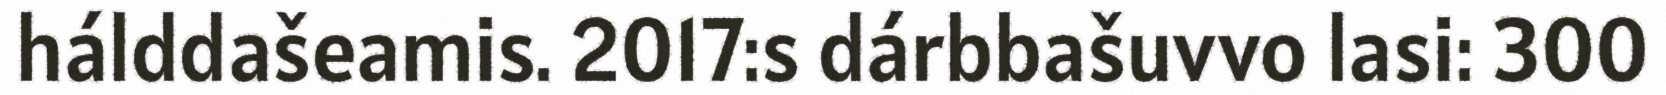
hálddašeamis. 2017:s dárbbašuvvo lasi: 300